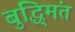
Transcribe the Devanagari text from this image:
बुद्धि्मंत